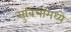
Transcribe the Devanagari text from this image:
सुविधांमध्ये